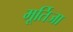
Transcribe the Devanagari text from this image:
मूर्तिजा